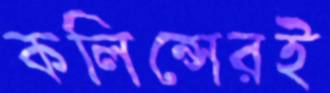
কলিন্সেরই